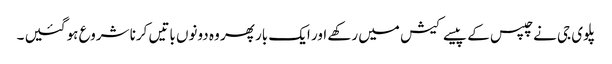
پلوی جی نے چپس کے پیسے کیش میں رکھے اور ایک بار پھر وہ دونوں باتیں کرنا شروع ہو گئیں ۔